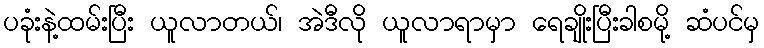
ပခုံးနဲ့ထမ်းပြီး ယူလာတယ်၊ အဲဒီလို ယူလာရာမှာ ရေချိုးပြီးခါစမို့ ဆံပင်မှ